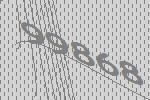
99868